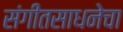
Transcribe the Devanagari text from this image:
संगीतसाधनेचा